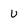
Character: U